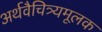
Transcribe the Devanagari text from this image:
अर्थवैचित्र्यमूलक